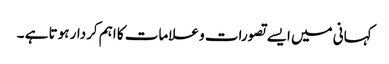
کہانی میں ایسے تصورات و علامات کا اہم کردار ہوتا ہے ۔